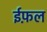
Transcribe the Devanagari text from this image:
ईफ़ल